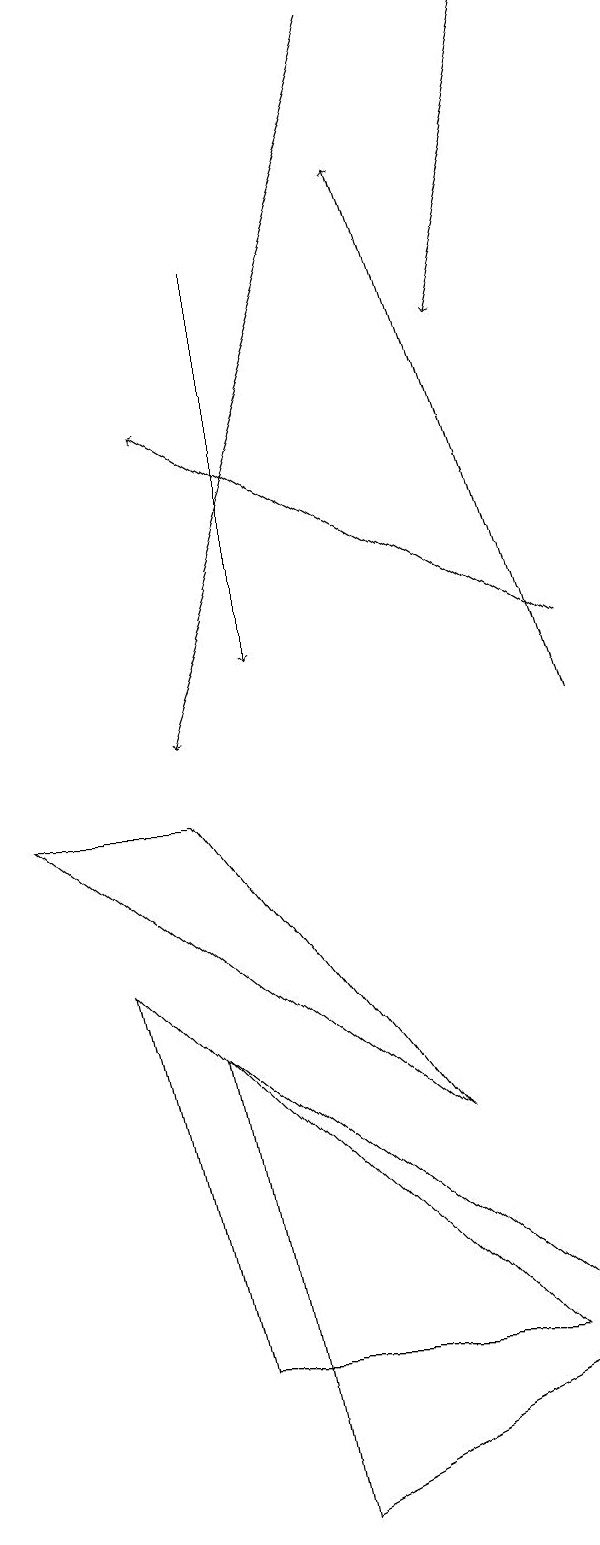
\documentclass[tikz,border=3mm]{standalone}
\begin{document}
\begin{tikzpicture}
\draw[->] (9,11) -- (4,14);
\draw[->] (9,10) -- (7,17);
\draw[->] (5,16) -- (5,11);
\draw (2,9) -- (4,9) -- (7,5) -- cycle;
\draw (8,2) -- (3,7) -- (4,2) -- cycle;
\draw (9,2) -- (4,6) -- (5,0) -- cycle;
\draw[->] (7,19) -- (4,10);
\draw[->] (9,19) -- (8,15);
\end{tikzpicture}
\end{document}